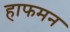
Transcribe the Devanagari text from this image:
हाफमन